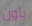
باون